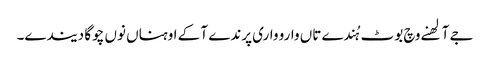
جے آلھنے وچ بوٹ ہُندے تاں وارو واری پرندے آ کے اوہناں نوں چوگا دیندے۔